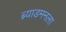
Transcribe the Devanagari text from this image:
ब्र्याडमनला